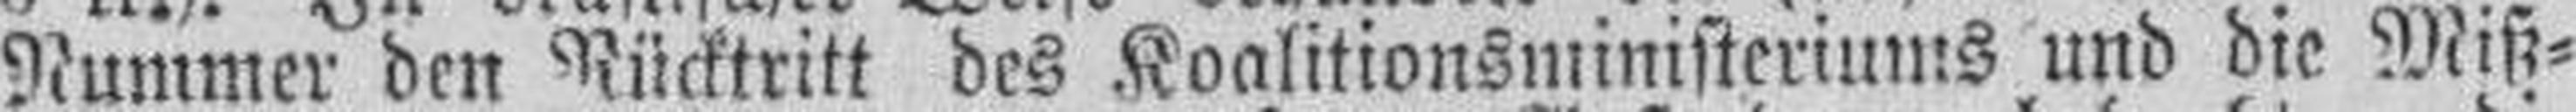
Nummer den Rücktritt des Koalitionsministeriums und die Miß¬